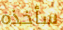
سأخذه